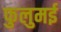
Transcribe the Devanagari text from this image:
फुलुमई